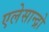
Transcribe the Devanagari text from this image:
एलेसान्द्रो